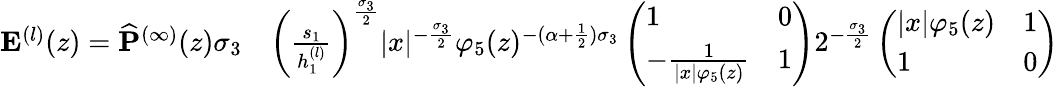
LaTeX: \begin{array}{rl}{\mathbf{E}^{(l)}(z)=\widehat{\mathbf{P}}^{(\infty)}(z)\sigma_{3}}&{\left(\frac{s_{1}}{h_{1}^{(l)}}\right)^{\frac{\sigma_{3}}{2}}|x|^{-\frac{\sigma_{3}}{2}}\varphi_{5}(z)^{-(\alpha+\frac{1}{2})\sigma_{3}}\left(\begin{array}{ll}{1}&{0}\\ {-\frac{1}{|x|\varphi_{5}(z)}}&{1}\end{array}\right)2^{-\frac{\sigma_{3}}{2}}\left(\begin{array}{ll}{|x|\varphi_{5}(z)}&{1}\\ {1}&{0}\end{array}\right)}\end{array}